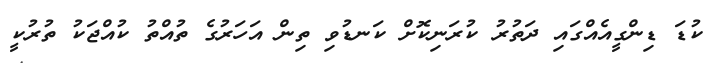
ކުޑަ ޑިންގީއެއްގައި ދަތުރު ކުރަނިކޮށް ކަނޑުވި ތިން އަހަރުގެ ތުއްތު ކުއްޖަކު ތުރުކީ